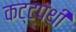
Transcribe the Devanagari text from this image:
कट्टपंथी